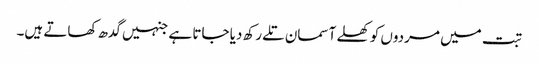
تبت میں مردوں کو کھلے آسمان تلے رکھ دیا جاتا ہے جنہیں گدھ کھاتے ہیں۔